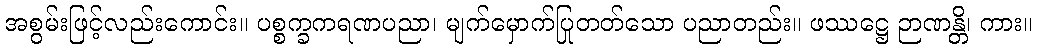
အစွမ်းဖြင့်လည်းကောင်း။ ပစ္စက္ခကရဏပညာ၊ မျက်မှောက်ပြုတတ်သော ပညာတည်း။ ဖဿဋ္ဌေ ဉာဏန္တိ၊ ကား။